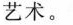
艺术。